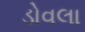
ડોવલા